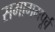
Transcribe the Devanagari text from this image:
समागमपूर्व